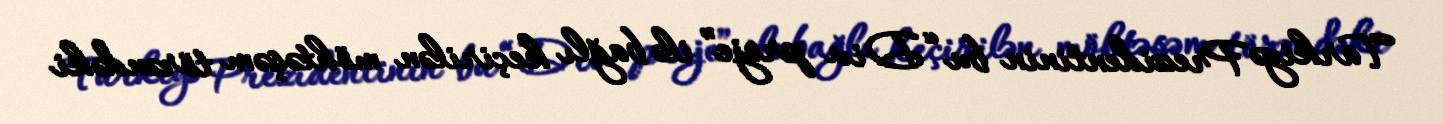
Türkiyə Prezidentinin bu “Div proje” ilə bağlı keçirilən möhtəşəm törəndəki